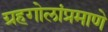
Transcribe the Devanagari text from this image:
ग्रहगोलांप्रमाणे